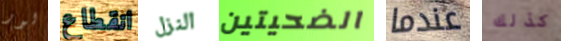
لور انقطاع النزل الضحيتين عندما كذلك